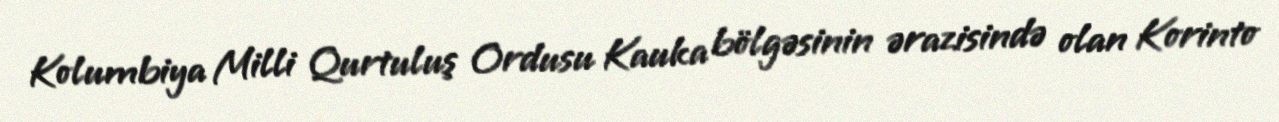
Kolumbiya Milli Qurtuluş Ordusu Kauka bölgəsinin ərazisində olan Korinto